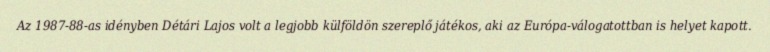
Az 1987-88-as idényben Détári Lajos volt a legjobb külföldön szereplő játékos, aki az Európa-válogatottban is helyet kapott.